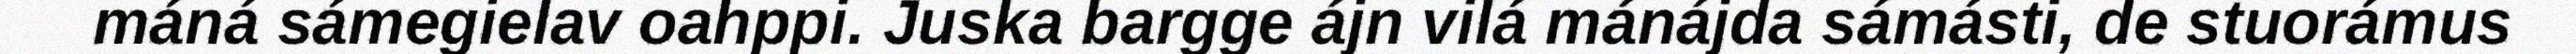
máná sámegielav oahppi. Juska bargge ájn vilá mánájda sámásti, de stuorámus